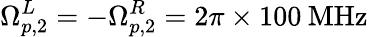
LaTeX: \Omega_{p,2}^{L}=-\Omega_{p,2}^{R}=2\pi\times 100\: \mathrm{MHz}